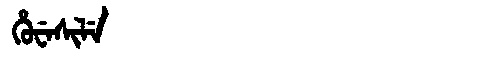
Manchu: ᡥᡠᠸᡝᠰᡳᠯᡝ
Romanization: HUWESILE